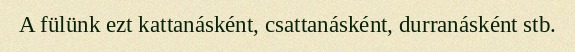
A fülünk ezt kattanásként, csattanásként, durranásként stb.